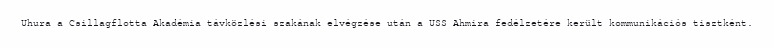
Uhura a Csillagflotta Akadémia távközlési szakának elvégzése után a USS Ahmira fedélzetére került kommunikációs tisztként.